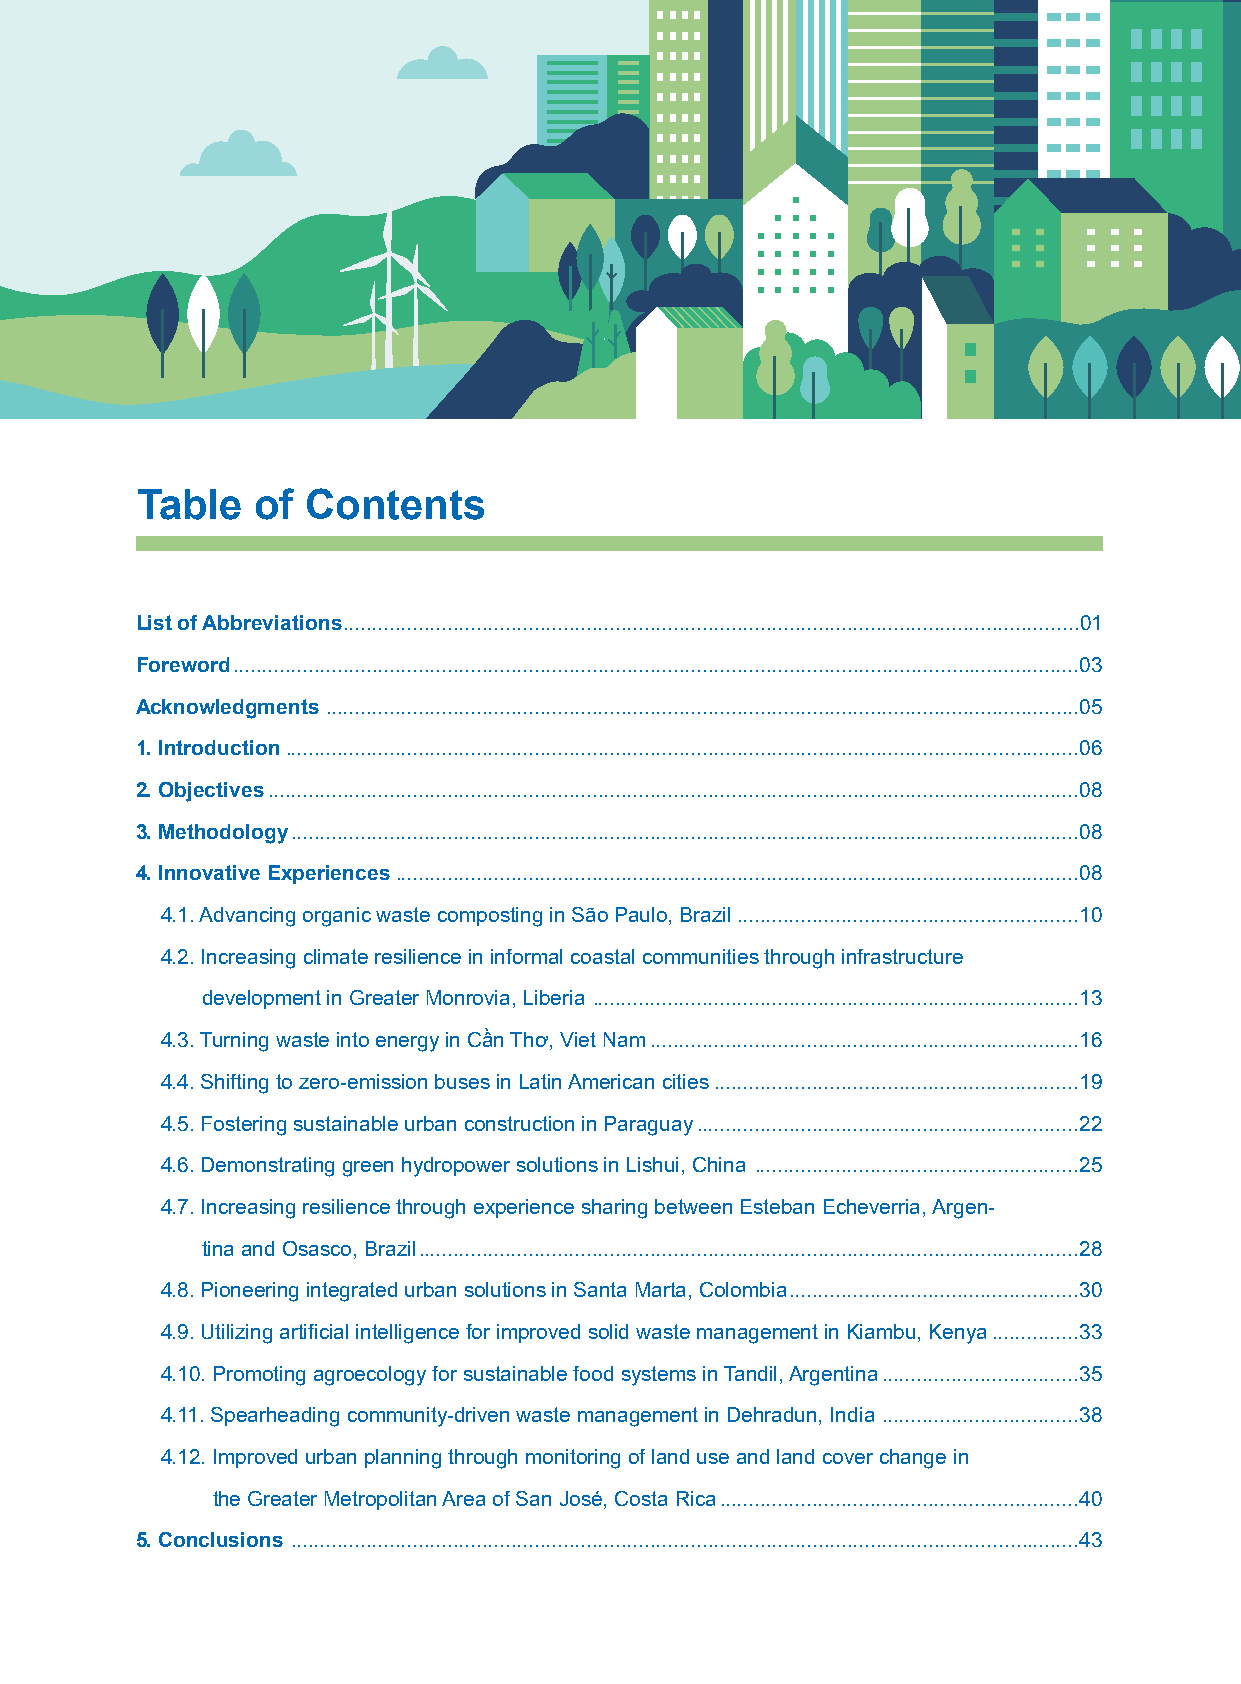
Table   of Contents
 List of Abbreviations...............................................................................................................................01
 Foreword..................................................................................................................................................03
 Acknowledgments ..................................................................................................................................05
 1. Introduction.........................................................................................................................................06
 2. Objectives............................................................................................................................................08
 3. Methodology........................................................................................................................................08
 4. Innovative Experiences......................................................................................................................08
 4.1. Advancing organic waste composting in São Paulo, Brazil...........................................................10
 4.2. Increasing climate resilience in informal coastal communities through infrastructure
 development in Greater Monrovia, Liberia ....................................................................................13
 4.3. Turning waste into energy in Cần Thơ, Viet Nam..........................................................................16
 4.4. Shifting to zero-emission buses in Latin American cities...............................................................19
 4.5. Fostering sustainable urban construction in Paraguay..................................................................22
 4.6. Demonstrating green hydropower solutions in Lishui, China ........................................................25
 4.7. Increasing resilience through experience sharing between Esteban Echeverria, Argen-
 tina and Osasco, Brazil..................................................................................................................28
 Copyright: UNOSSC/UNDP
 All rights reserved 4.8. Pioneering integrated urban solutions in Santa Marta, Colombia..................................................30
 United Nations Office for South-South Cooperation
 4.9. Utilizing artificial intelligence for improved solid waste management in Kiambu, Kenya...............33
 United Nations Development Programme
 304 East 45th Street
 4.10. Promoting agroecology for sustainable food systems in Tandil, Argentina..................................35
 New York, NY 10017 USA
 4.11. Spearheading community-driven waste management in Dehradun, India ..................................38
 The views expressed in this publication do not necessarily represent those of the United Nations, UNOSSC/UNDP, UN-Habitat,
 4.12. Improved urban planning through monitoring of land use and land cover change in
 United Nations Member States or local governments and municipal authorities. The designations employed and the presentation of
 material on maps do not imply the expression of any opinion whatsoever concerning the legal status of any country, territory, city or
 the Greater Metropolitan Area of San José, Costa Rica..............................................................40
 area or its authorities, or concerning the delimitation of its frontiers or boundaries.
 5. Conclusions ........................................................................................................................................43
 November, 2021